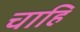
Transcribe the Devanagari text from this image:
चाहि